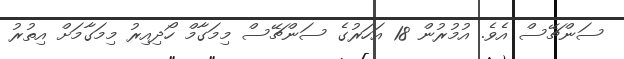
ސަންޗޭސް އެވެ. އުމުރުން 18 އަހަރުގެ ސަންޗޭސް މިމަގާމް ހޯދިިއިރު މިމަގާމަށް އިތުރު